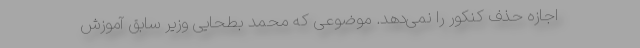
اجازه حذف کنکور را نمی‌دهد. موضوعی که محمد بطحایی وزیر سابق آموزش